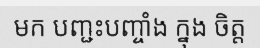
មក បញ្ជះបញ្ចាំង ក្នុង ចិត្ត